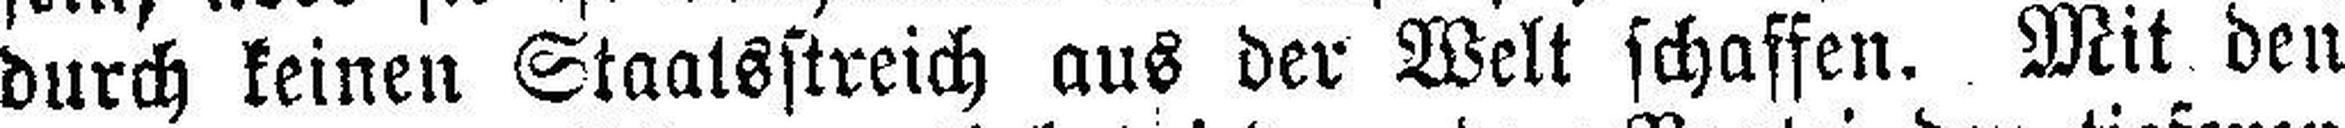
durch keinen Staatsstreich aus der Welt schaffen. Mit den